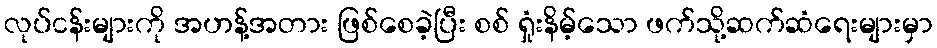
လုပ်ငန်းများကို အဟန့်အတား ဖြစ်စေခဲ့ပြီး စစ် ရှုံးနိမ့်သော ဖက်သို့ဆက်ဆံရေးများမှာ